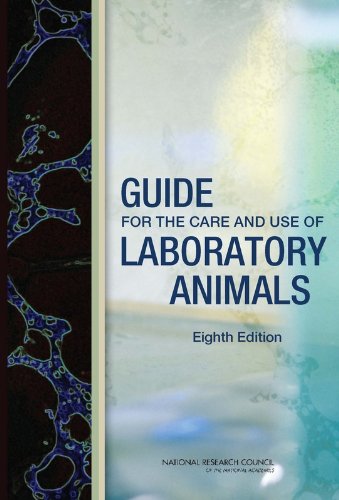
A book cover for Guide for the Care and Use of Laboratory Animals:: Eighth Edition; Committee for the Update of the Guide for the Care and Use of
Laboratory Animals; Medical Books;